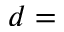
d =